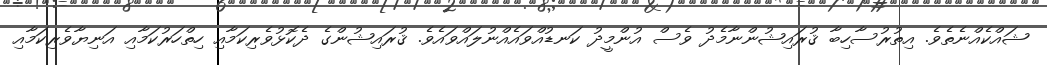
ޝައްކެއްނެތެވެ. އިތުރުސާހިބާ ޤުރައިޝުންނާމެދު ވެސް އުންމީދު ކަނޑުއްވައެއްނުލައްވައެވެ. ޤުރައިޝުންގެ ދެކޮޅުވެރިކަމާއި ހިތްހަރުކަމާއި އަނިޔާވެރިކަމާއި